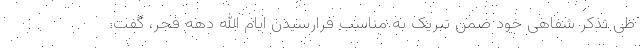
طی تذکر شفاهی خود ضمن تبریک به مناسب فرارسیدن ایام الله دهه فجر، گفت: